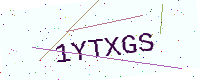
Text: 1YTXGS